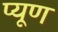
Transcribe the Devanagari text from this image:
प्यूण